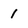
Character: 1